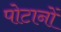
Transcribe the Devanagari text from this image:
पोटानों